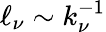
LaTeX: \ell_{\nu}\sim k_{\nu}^{-1}